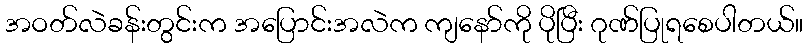
အဝတ်လဲခန်းတွင်းက အပြောင်းအလဲက ကျနော်ကို ပိုပြီး ဂုဏ်ပြုရစေပါတယ်။